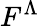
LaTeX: F^{\Lambda}